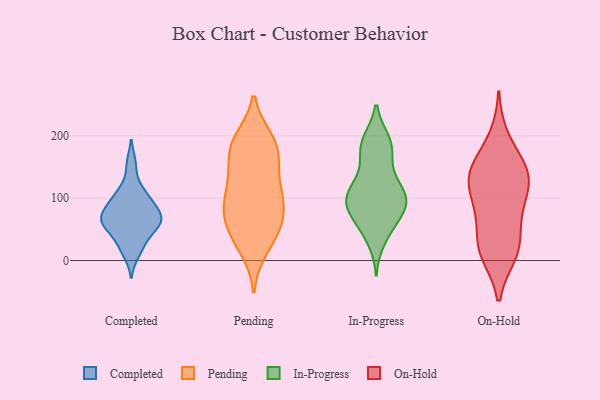
{"axis": {"x": "Customer Acquisition Cost (USD)", "y": "Value"}, "legend": ["Completed", "In-Progress", "On-Hold", "Pending"], "data": [{"x": "", "y": 62, "type": "Completed"}, {"x": "", "y": 101, "type": "Completed"}, {"x": "", "y": 60, "type": "Completed"}, {"x": "", "y": 25, "type": "Completed"}, {"x": "", "y": 53, "type": "Completed"}, {"x": "", "y": 68, "type": "Completed"}, {"x": "", "y": 74, "type": "Completed"}, {"x": "", "y": 76, "type": "Completed"}, {"x": "", "y": 97, "type": "Completed"}, {"x": "", "y": 60, "type": "Completed"}, {"x": "", "y": 92, "type": "Completed"}, {"x": "", "y": 36, "type": "Completed"}, {"x": "", "y": 119, "type": "Completed"}, {"x": "", "y": 156, "type": "Completed"}, {"x": "", "y": 10, "type": "Completed"}, {"x": "", "y": 106, "type": "Pending"}, {"x": "", "y": 184, "type": "Pending"}, {"x": "", "y": 174, "type": "Pending"}, {"x": "", "y": 62, "type": "Pending"}, {"x": "", "y": 104, "type": "Pending"}, {"x": "", "y": 27, "type": "Pending"}, {"x": "", "y": 195, "type": "Pending"}, {"x": "", "y": 17, "type": "Pending"}, {"x": "", "y": 190, "type": "Pending"}, {"x": "", "y": 67, "type": "Pending"}, {"x": "", "y": 193, "type": "Pending"}, {"x": "", "y": 50, "type": "Pending"}, {"x": "", "y": 90, "type": "Pending"}, {"x": "", "y": 131, "type": "Pending"}, {"x": "", "y": 157, "type": "Pending"}, {"x": "", "y": 42, "type": "Pending"}, {"x": "", "y": 72, "type": "Pending"}, {"x": "", "y": 116, "type": "Pending"}, {"x": "", "y": 89, "type": "Pending"}, {"x": "", "y": 155, "type": "Pending"}, {"x": "", "y": 123, "type": "In-Progress"}, {"x": "", "y": 146, "type": "In-Progress"}, {"x": "", "y": 92, "type": "In-Progress"}, {"x": "", "y": 54, "type": "In-Progress"}, {"x": "", "y": 99, "type": "In-Progress"}, {"x": "", "y": 114, "type": "In-Progress"}, {"x": "", "y": 92, "type": "In-Progress"}, {"x": "", "y": 114, "type": "In-Progress"}, {"x": "", "y": 33, "type": "In-Progress"}, {"x": "", "y": 170, "type": "In-Progress"}, {"x": "", "y": 186, "type": "In-Progress"}, {"x": "", "y": 50, "type": "In-Progress"}, {"x": "", "y": 192, "type": "In-Progress"}, {"x": "", "y": 100, "type": "In-Progress"}, {"x": "", "y": 103, "type": "In-Progress"}, {"x": "", "y": 184, "type": "In-Progress"}, {"x": "", "y": 77, "type": "In-Progress"}, {"x": "", "y": 79, "type": "In-Progress"}, {"x": "", "y": 83, "type": "In-Progress"}, {"x": "", "y": 189, "type": "In-Progress"}, {"x": "", "y": 121, "type": "On-Hold"}, {"x": "", "y": 133, "type": "On-Hold"}, {"x": "", "y": 15, "type": "On-Hold"}, {"x": "", "y": 140, "type": "On-Hold"}, {"x": "", "y": 141, "type": "On-Hold"}, {"x": "", "y": 89, "type": "On-Hold"}, {"x": "", "y": 19, "type": "On-Hold"}, {"x": "", "y": 67, "type": "On-Hold"}, {"x": "", "y": 196, "type": "On-Hold"}, {"x": "", "y": 135, "type": "On-Hold"}, {"x": "", "y": 157, "type": "On-Hold"}, {"x": "", "y": 11, "type": "On-Hold"}, {"x": "", "y": 26, "type": "On-Hold"}, {"x": "", "y": 87, "type": "On-Hold"}]}